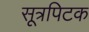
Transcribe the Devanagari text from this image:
सूत्रपिटक